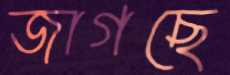
জাগছে